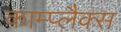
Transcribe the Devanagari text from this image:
काम्प्लैक्स